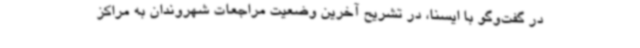
در گفت‌وگو با ایسنا، در تشریح آخرین وضعیت مراجعات شهروندان به مراکز